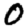
Digit: 0